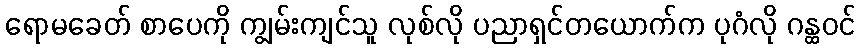
ရောမခေတ် စာပေကို ကျွမ်းကျင်သူ လုစ်လို ပညာရှင်တယောက်က ပုဂံလို ဂန္ထဝင်